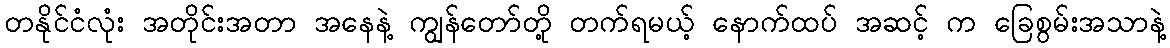
တနိုင်ငံလုံး အတိုင်းအတာ အနေနဲ့ ကျွန်တော်တို့ တက်ရမယ့် နောက်ထပ် အဆင့် က ခြေစွမ်းအသာနဲ့